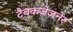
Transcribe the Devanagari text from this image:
टैबकजेजनेर